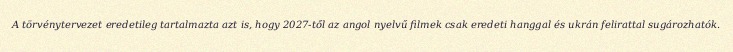
A törvénytervezet eredetileg tartalmazta azt is, hogy 2027-től az angol nyelvű filmek csak eredeti hanggal és ukrán felirattal sugározhatók.